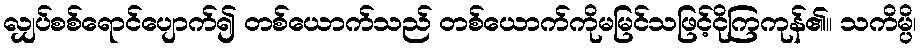
လျှပ်စစ်ရောင်ပျောက်၍ တစ်ယောက်သည် တစ်ယောက်ကိုမမြင်သဖြင့်ငိုကြကုန်၏။ သကိမ္ပိ၊